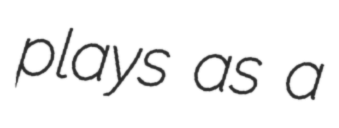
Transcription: plays as a